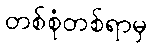
တစ်စုံတစ်ရာမှ